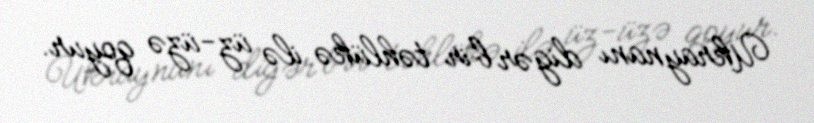
Ukraynanı digər bir təhlükə ilə üz-üzə qoyur.